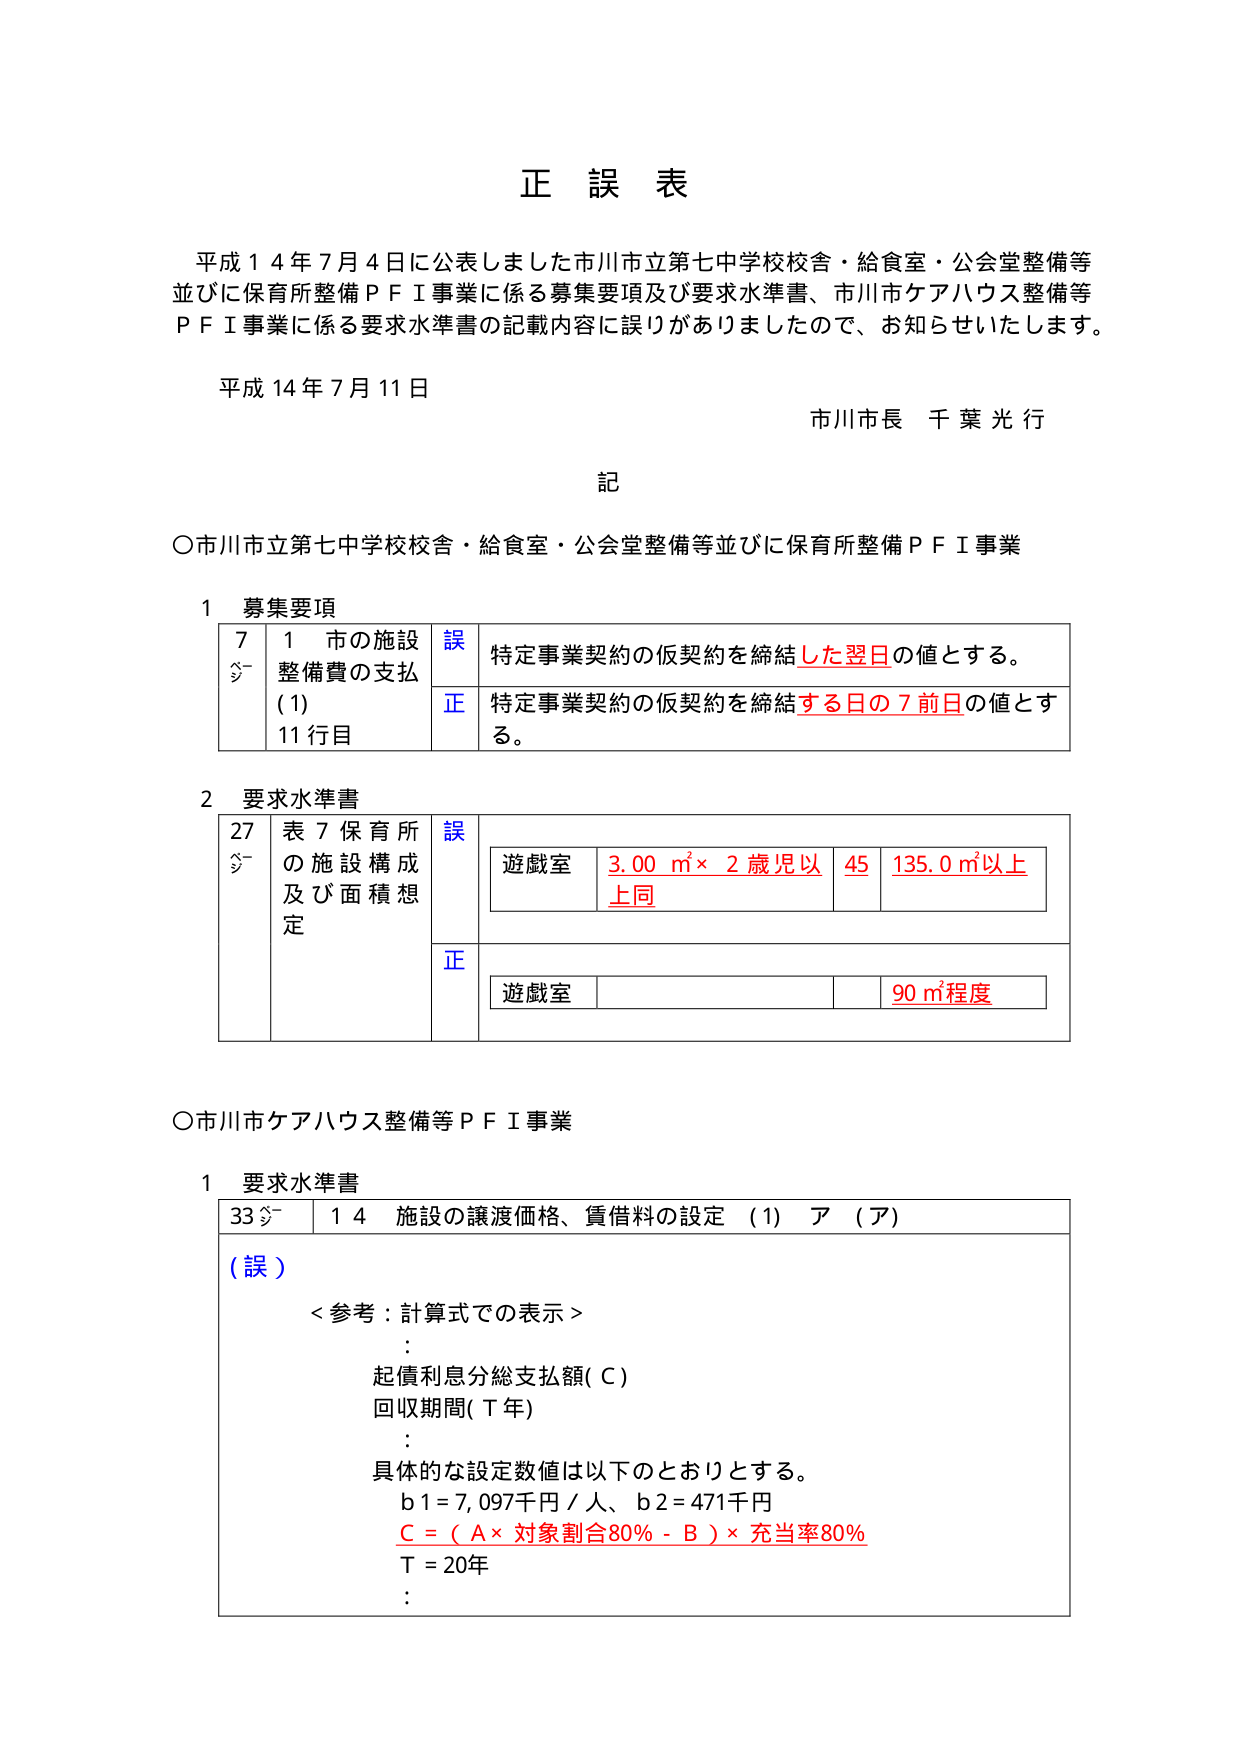
正 誤 表

平成１４年７月４日に公表しました市川市立第七中学校校舎・給食室・公会堂整備等
並びに保育所整備ＰＦＩ事業に係る募集要項及び要求水準書、市川市ケアハウス整備等
ＰＦＩ事業に係る要求水準書の記載内容に誤りがありましたので、お知らせいたします。

平成１４年７月１１日
市川市長 千葉光行

記

○市川市立第七中学校校舎・給食室・公会堂整備等並びに保育所整備ＰＦＩ事業

１ 募集要項
7
5-
1 市の施設
整備費の支払
(1)
11 行目
誤 特定事業契約の仮契約を締結した翌日の値とする。
正 特定事業契約の仮契約を締結する日の７日前の値とする。

２ 要求水準書
27
5-
表７保育所
の施設構成
及び面積想
定
誤
遊戯室 3.00 ㎡× 2 歳児以 45 135.0 ㎡以上
上同
正
遊戯室 90 ㎡程度

○市川市ケアハウス整備等ＰＦＩ事業

１ 要求水準書
33 5-
1 4 施設の譲渡価格、賃借料の設定 (1) ア (ア)
(誤)
＜参考：計算式での表示＞
:
起債利息分総支払額(Ｃ)
回収期間(Ｔ年)
:
具体的な設定数値は以下のとおりとする。
ｂ１＝7,097千円／人、ｂ２＝471千円
Ｃ＝（Ａ×対象割合80％－Ｂ）×充当率80％
Ｔ＝20年
: